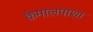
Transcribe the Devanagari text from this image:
केमालपाशा